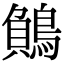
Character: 𪃓